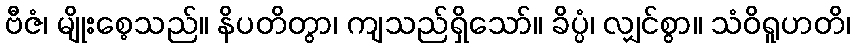
ဗီဇံ၊ မျိုးစေ့သည်။ နိပတိတွာ၊ ကျသည်ရှိသော်။ ခိပ္ပံ၊ လျှင်စွာ။ သံဝိရူဟတိ၊